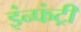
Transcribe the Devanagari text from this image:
इंन्फंट्री